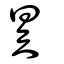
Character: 昊